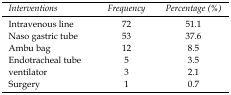
| Interventions | Frequency | Percentage (%) |
 | --- | --- | --- |
 | Intravenous line | 72 | 51.1 |
 | Naso gastric tube | 53 | 37.6 |
 | Ambu bag | 12 | 8.5 |
 | Endotracheal tube | 5 | 3.5 |
 | ventilator | 3 | 2.1 |
 | Surgery | 1 | 0.7 |